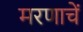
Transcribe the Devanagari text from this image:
मरणाचें